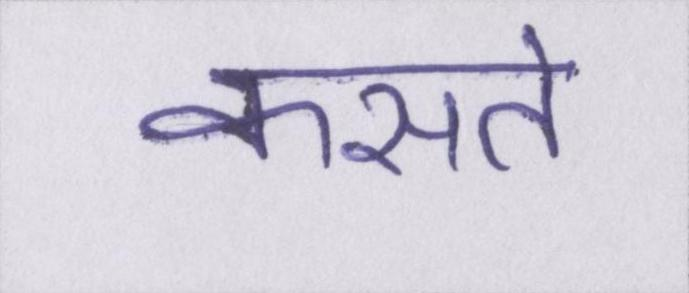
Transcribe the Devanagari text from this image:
कसते